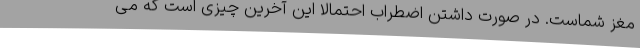
مغز شماست. در صورت داشتن اضطراب احتمالاً این آخرین چیزی است که می